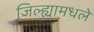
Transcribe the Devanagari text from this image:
जिल्ह्यामधले